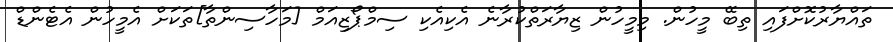
ތައްޔާރުކޮށްފައި ތިބޭ މީހުން. މިމީހުން ޒިޔާރަތްކުރާނެ އެކިއެކި ސިމްޕޯޒިއަމް [މަހާސިންތާ]ތަކަށް އެމީހުން އެޓެންޑް